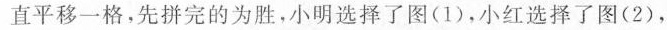
直平移一格，先拼完的为胜，小明选择了图(1)，小红选择了图(2)，